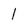
Character: 1